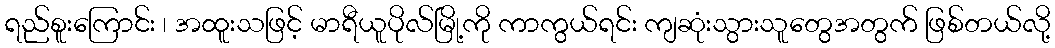
ရည်စူးကြောင်း ၊ အထူးသဖြင့် မာရီယူပိုလ်မြို့ကို ကာကွယ်ရင်း ကျဆုံးသွားသူတွေအတွက် ဖြစ်တယ်လို့